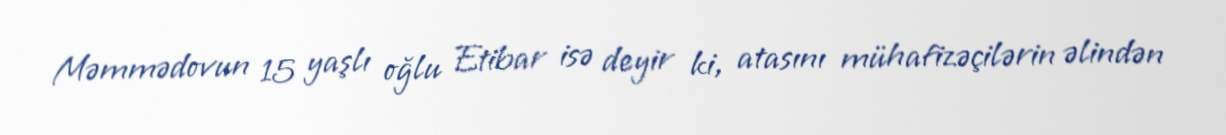
Məmmədovun 15 yaşlı oğlu Etibar isə deyir ki, atasını mühafizəçilərin əlindən